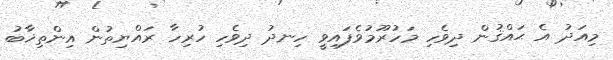
މިއަދު އެ ޙައްޤުން ދިވެހި މަހުރޫމުވެފައިވީ ހިނދު ދިވެހި ހުރިހާ ރައްޔިތުން އިންތިޚާބު